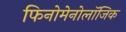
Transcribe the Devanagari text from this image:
फिनोमेनोलॉजिक